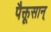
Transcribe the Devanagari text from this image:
पैक्तूसान्